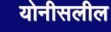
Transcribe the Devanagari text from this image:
योनीसलील